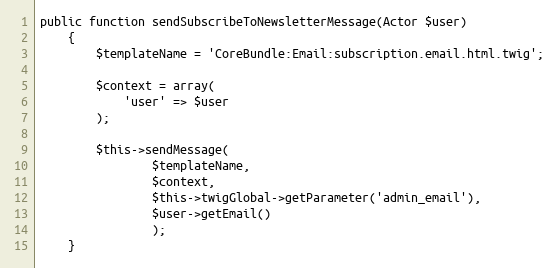
Language: PHP
public function sendSubscribeToNewsletterMessage(Actor $user)
    {
        $templateName = 'CoreBundle:Email:subscription.email.html.twig';

        $context = array(
            'user' => $user
        );

        $this->sendMessage(
                $templateName,
                $context,
                $this->twigGlobal->getParameter('admin_email'),
                $user->getEmail()
                );
    }